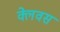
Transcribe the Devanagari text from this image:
क्लेवस